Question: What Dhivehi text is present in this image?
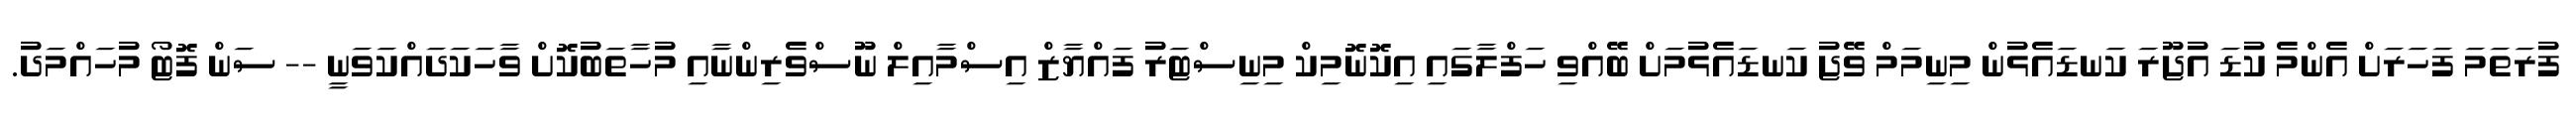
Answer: ފުރަތަމަ ފަހަރަށް އެންމެ ކުޑަ އުޖޫރަ ކަނޑައެޅުން މިނިމަމް ވޭޖު ކަނޑައެޅުމަށް ބޭއްވި ހަފްލާގައި އިކޮނޮމިކް މިނިސްޓަރު ފައްޔާޒް އިސްމާއިލް ނޫސްވެރިންނާއި މުހާތަބުކޮށް ވާހަކަދައްކަވަނީ -- ސަން ފޮޓޯ މުހައްމަދު.